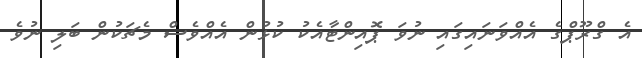
އެ ގްރޫޕްގެ އެއްވަނައިގައި ނުވަ ޕޮއިންޓާއެކު ކުޅުން އެއްވެސް މެޗަކުން ބަލި ނުވެ